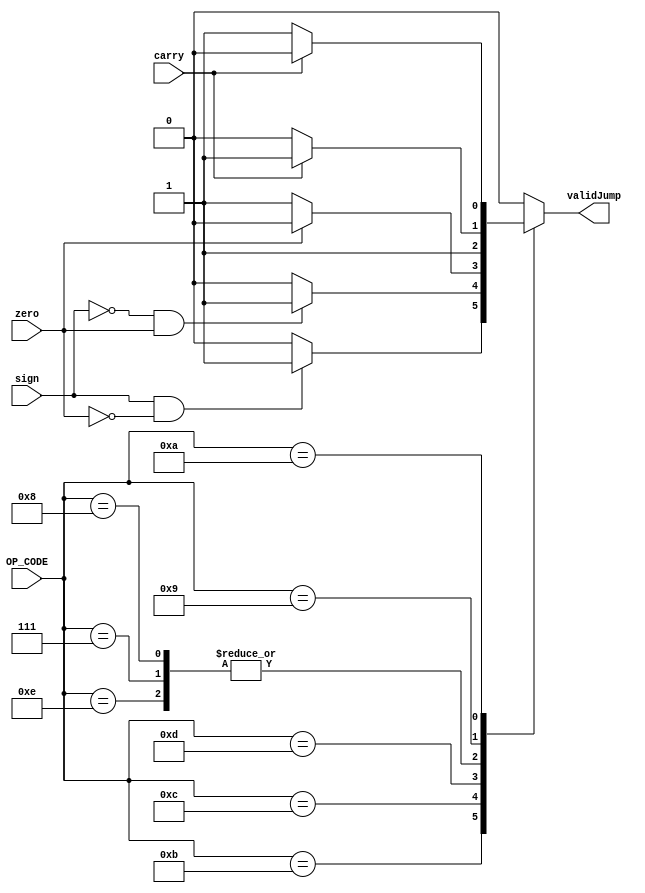
`timescale 1ns / 1ps
////////////////////////////////////////////////////////
// Assignment 6 - CS31001
// Module to Checks Validity of Jump
// Team Details - 
// Kushaz Sehgal - 20CS30030
// Jay Kumar Thakur - 20CS30024
////////////////////////////////////////////////////////

// The jump control block for determining if a jump is valid or not depending on flags from the ALU
module Jump_Control (
    input [5:0] OP_CODE,
    input sign,
    input carry,
    input zero,
    output reg validJump
);
    
    always @(*) begin
        case (OP_CODE)
            6'b001011 : begin           // bltz
                if (sign && !zero)
                    validJump = 1;
                else 
                    validJump = 0;
            end
            6'b001100 : begin           // bz
                if (!sign && zero)
                    validJump = 1;
                else 
                    validJump = 0;
            end
            6'b001101 : begin           // bnz
                if (!zero)
                    validJump = 1;
                else 
                    validJump = 0;
            end
            6'b001110 : begin           // br
                    validJump = 1;
                end
            6'b000111 : begin           // b
                    validJump = 1;
                end
            6'b001000 : begin           // bl
                    validJump = 1;
                end
            6'b001001 : begin           // bcy
                if (carry)
                    validJump = 1;
                else 
                    validJump = 0;
            end
            6'b001010 : begin           // bncy
                if (!carry)
                    validJump = 1;
                else 
                    validJump = 0;
            end
            default : validJump = 0;
        endcase
    end

endmodule